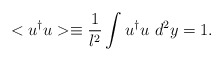
\begin{align*}<u^{\dagger}u>\equiv\frac{1}{l^{2}}\int u^{\dagger}u\mbox{ }d^{2}y=1.\end{align*}